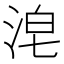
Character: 𰛴